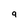
Character: q